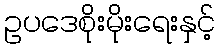
ဥပဒေစိုးမိုးရေးနှင့်